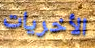
الأخريات